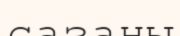
сазаны